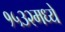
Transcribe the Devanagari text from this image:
१५३२मध्ये